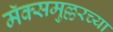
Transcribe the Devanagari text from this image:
मॅक्समुल्लरच्या